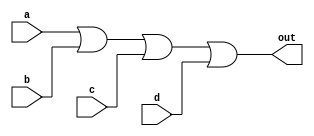
module OR_gate(
    input wire a,
    input wire b,
    input wire c,
    input wire d,
    output reg out
);

always @(*) begin
    out = a | b | c | d;
end

endmodule